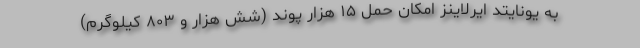
به یونایتد ایرلاینز امکان حمل ۱۵ هزار پوند (شش هزار و ۸۰۳ کیلوگرم)